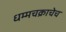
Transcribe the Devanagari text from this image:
धम्मचक्राचेच